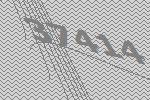
37414